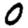
Digit: 0